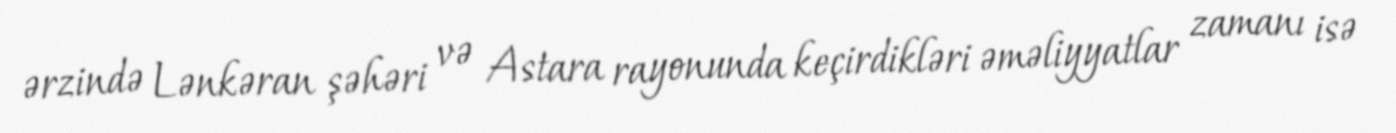
ərzində Lənkəran şəhəri və Astara rayonunda keçirdikləri əməliyyatlar zamanı isə